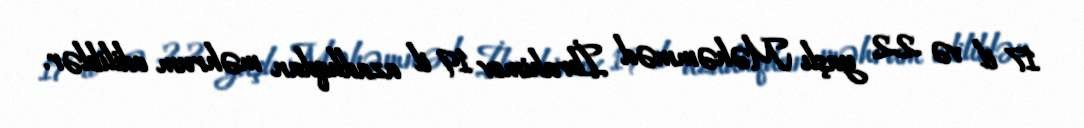
17 il və 22 yaşlı Məhəmməd İbrahimov 19 il azadlıqdan məhrum ediliblər.